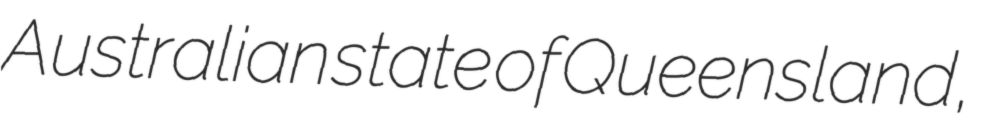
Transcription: Australian state of Queensland,